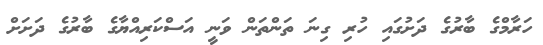
ހަރާމްގެ ބާރުގެ ދަށުގައި ހުރި ގިނަ ތަންތަން ވަނީ އަސްކަރިއްޔާގެ ބާރުގެ ދަށަށް